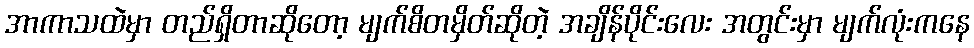
အာကာသထဲမှာ တည်ရှိတာဆိုတော့ မျက်စိတမှိတ်ဆိုတဲ့ အချိန်ပိုင်းလေး အတွင်းမှာ မျက်လုံးကနေ